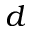
d